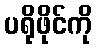
ပရိုဖိုင်ကို